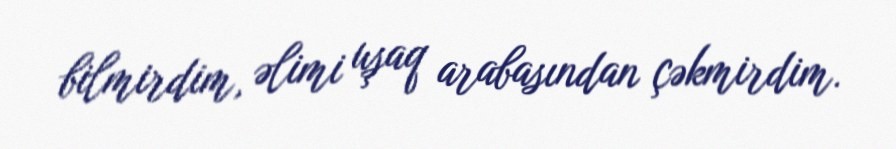
bilmirdim, əlimi uşaq arabasından çəkmirdim.